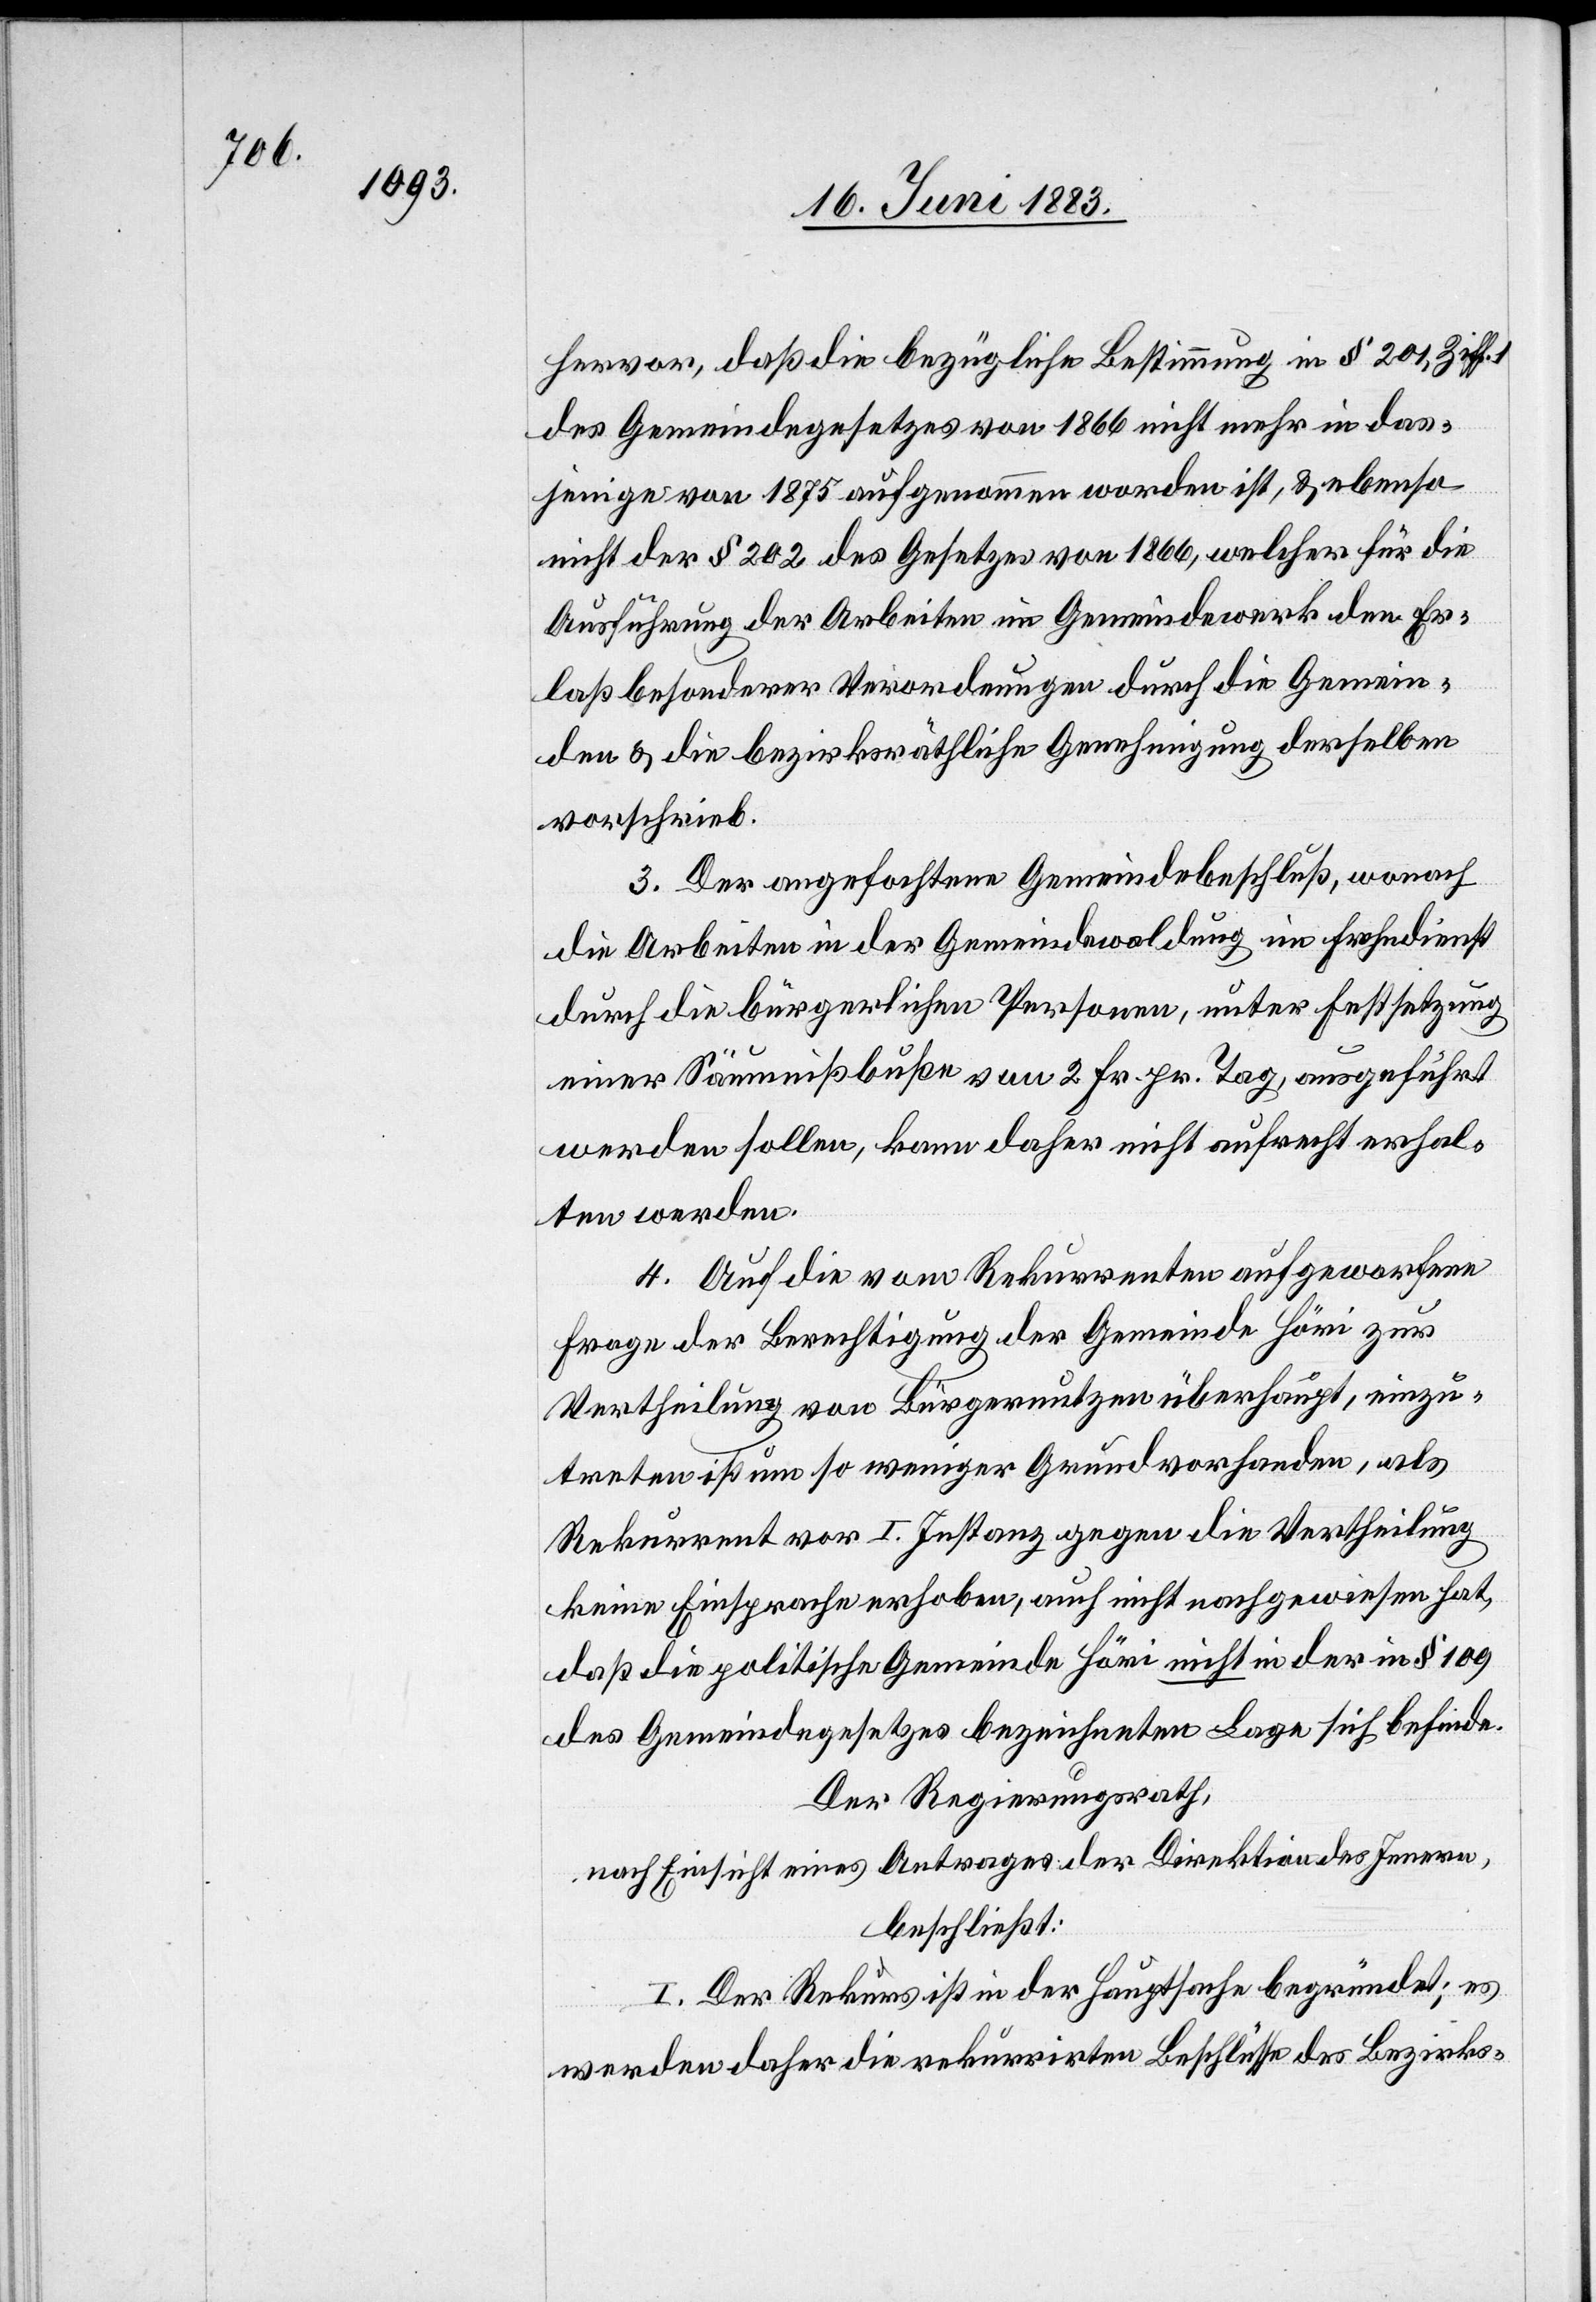
hervor, daß die bezügliche Bestimmung in § 201, Ziff.
des Gemeindegesetzes von 1866 nicht mehr in das¬
jenige von 1875 aufgenommen worden ist, & ebenso
nicht der § 202 des Gesetzes von 1866, welcher für die
Ausführung der Arbeiten im Gemeindewerk den Er¬
laß besonderer Verordnungen durch die Gemein¬
den & die bezirksräthliche Genehmigung derselben
vorschrieb.
3. Der angefochtene Gemeindebeschluß, wonach
die Arbeiten in der Gemeindewaldung im Frohndienst
durch die bürgerlichen Personen, unter Festsetzung
einer Säumnißbuße von 2 Fr. pr. Tag, ausgeführt
werden sollen, kann daher nicht aufrecht erhal¬
ten werden.
4. Auf die vom Rekurrenten aufgeworfene
Frage der Berechtigung der Gemeinde Höri zur
Vertheilung von Bürgernutzen überhaupt, einzu¬
treten ist um so weniger Grund vorhanden, als
Rekurrent vor I. Instanz gegen die Vertheilung
keine Einsprache erhoben, auch nicht nachgewiesen hat,
daß die politische Gemeinde nicht in der in § 109
des Gemeindegesetzes bezeichneten Lage sich befinde.
Der Regierungsrath,
nach Einsicht eines Antrages der Direktion des Innern,
beschließt:
I. Der Rekurs ist in der Hauptsache begründet; es
werden daher die rekurrirten Beschlüsse des Bezirks-